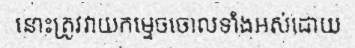
នោះត្រូវវាយកម្ទេចចោលទាំងអស់ដោយ